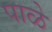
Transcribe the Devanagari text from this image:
पाळे